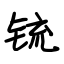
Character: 锍